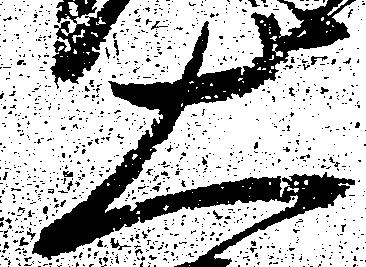
大